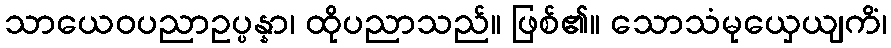
သာယေဝပညာဥပ္ပန္နာ၊ ထိုပညာသည်။ ဖြစ်၏။ သောသံမုယှေယျကိံ၊